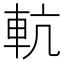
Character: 䡉